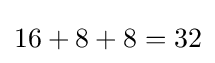
{\textstyle 16+8+8=32}